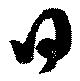
日